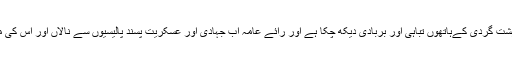
اب پاکستان خود دہشت گردی کےہاتھوں تباہی اور بربادی دیکھ چکا ہے اور رائے عامہ اب جہادی اور عسکریت پسند پالیسیوں سے نالاں اور اس کی مخالف ہوچکی ہیں۔